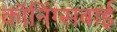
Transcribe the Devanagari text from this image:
कॉनिंग्सबाई